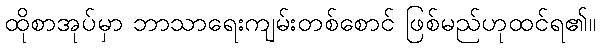
ထိုစာအုပ်မှာ ဘာသာရေးကျမ်းတစ်စောင် ဖြစ်မည်ဟုထင်ရ၏။